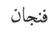
فنجان